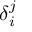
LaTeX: \delta _ { i } ^ { j }